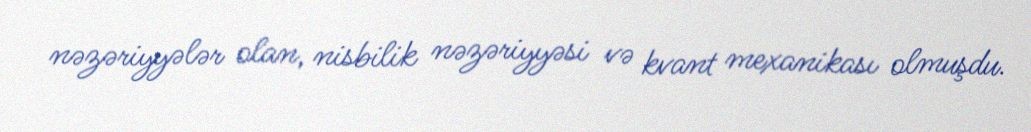
nəzəriyyələr olan, nisbilik nəzəriyyəsi və kvant mexanikası olmuşdu.